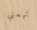
تهمني